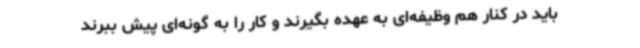
باید در کنار هم وظیفه‌ای به عهده بگیرند و کار را به گونه‌ای پیش ببرند